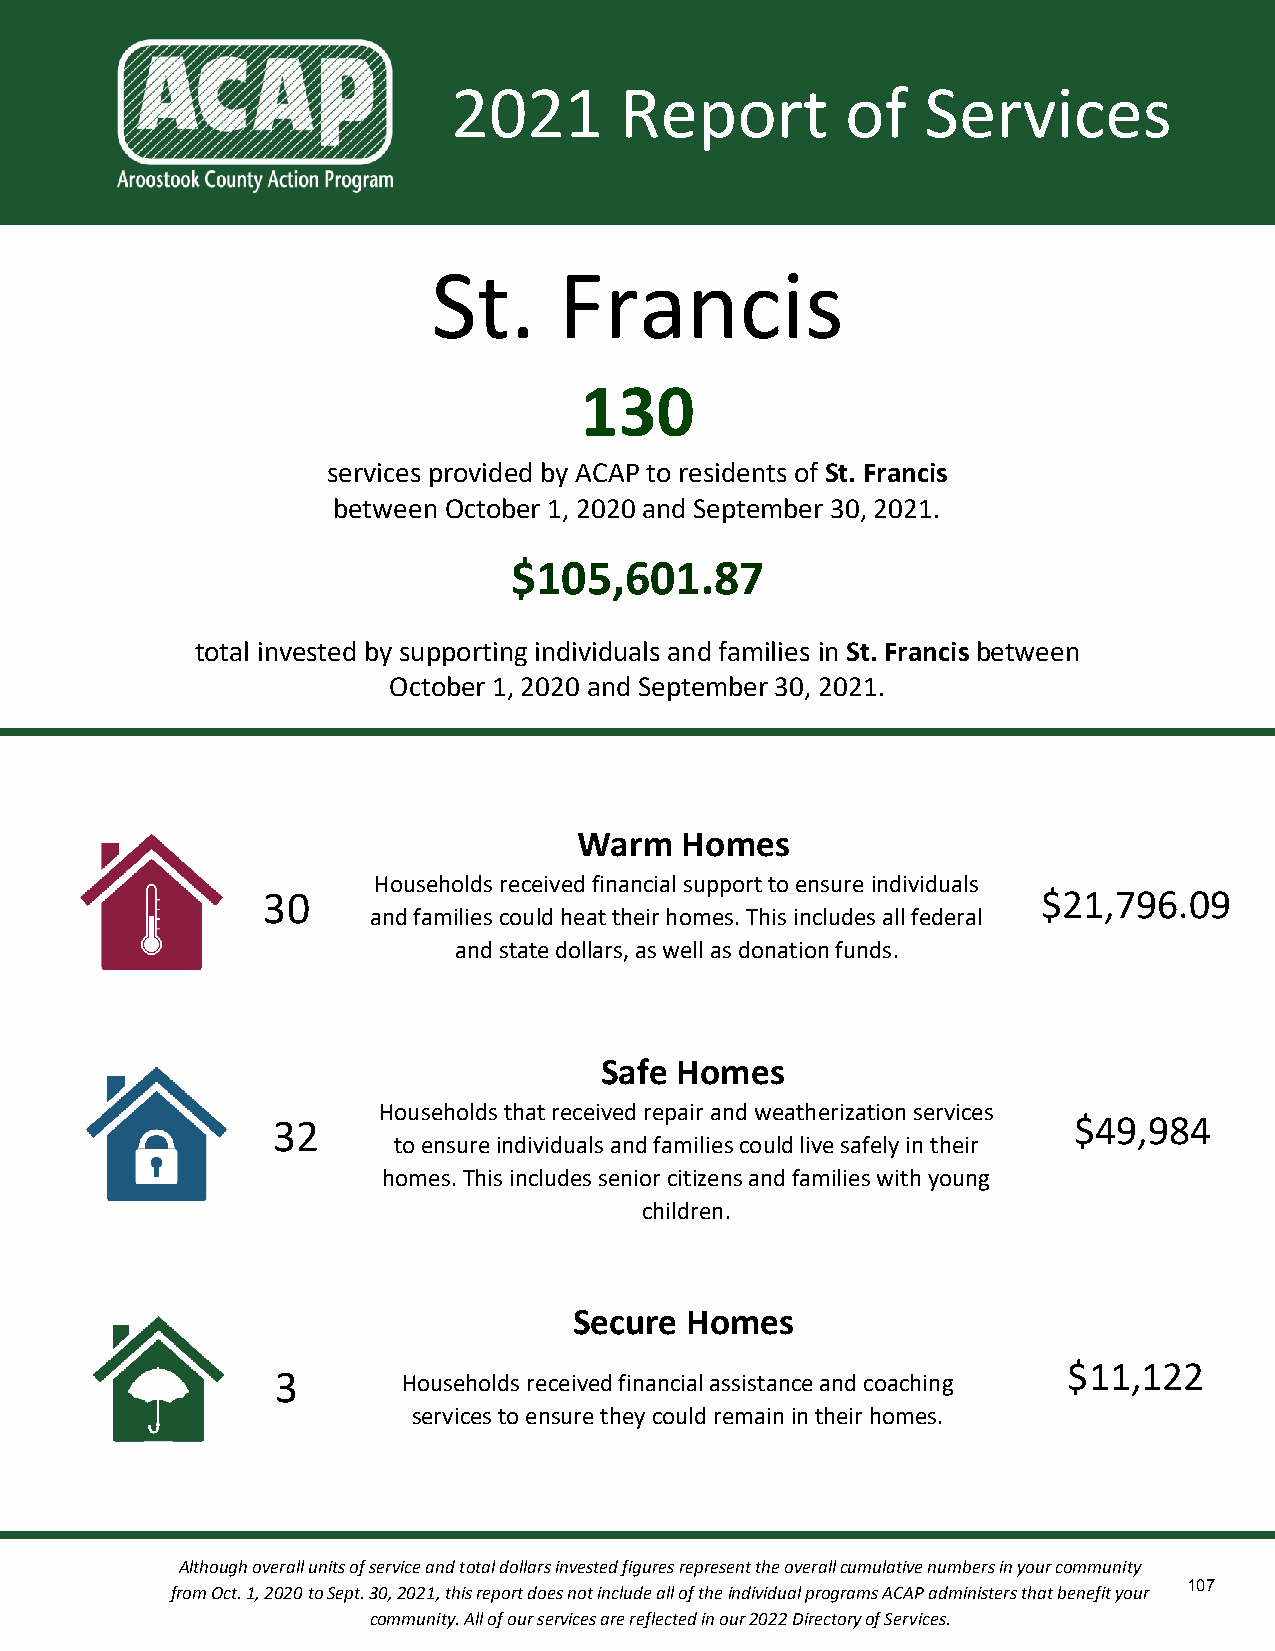
2021       Report         of   Services
 St.     Francis
 130
 services provided by ACAP to residents of St. Francis
 between October 1, 2020 and September 30, 2021.
 $105,601.87
 total invested by supporting individuals and families in St. Francis between
 October 1, 2020 and September 30, 2021.
 Warm   Homes
 Households received financial support to ensure individuals
 30                                                  $21,796.09
 and families could heat their homes. This includes all federal
 and state dollars, as well as donation funds.
 Safe Homes
 Households that received repair and weatherization services
 32                                                   $49,984
 to ensure individuals and families could live safely in their
 homes. This includes senior citizens and families with young
 children.
 Secure Homes
 $11,122
 3        Households received financial assistance and coaching
 services to ensure they could remain in their homes.
 Although overall units of service and total dollars invested figures represent the overall cumulative numbers in your community
 107
 from Oct. 1, 2020 to Sept. 30, 2021, this report does not include all of the individual programs ACAP administers that benefit your
 community. All of our services are reflected in our 2022 Directory of Services.